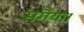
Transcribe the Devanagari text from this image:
सगैया।